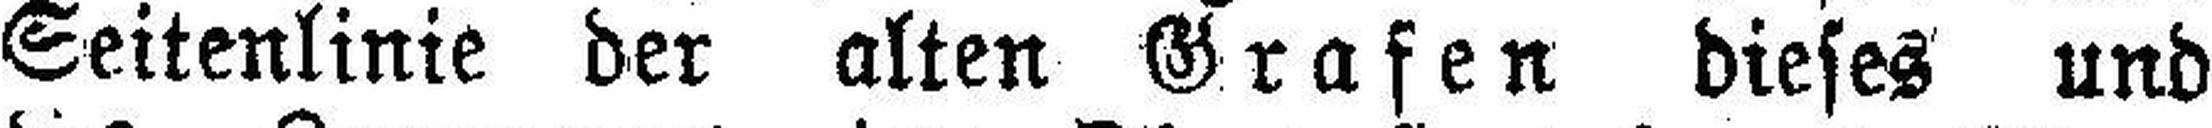
Seitenlinie der alten Grafen dieses und